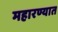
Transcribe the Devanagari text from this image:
महारण्यात